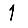
Digit: 1